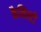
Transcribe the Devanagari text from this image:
कैमिस्टी